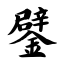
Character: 鐾